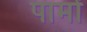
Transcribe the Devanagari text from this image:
पामों